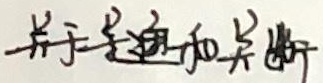
关于导通和关断